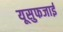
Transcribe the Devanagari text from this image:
यूसुफजाई